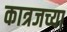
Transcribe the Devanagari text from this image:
कात्रजच्या